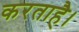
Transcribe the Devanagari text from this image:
करताहै।